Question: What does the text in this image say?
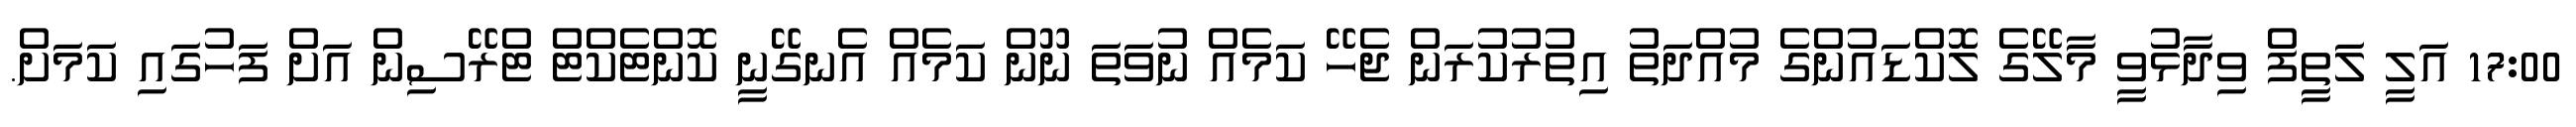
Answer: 17:00 އަލީ ލަތީފް ވިދާޅުވީ މާލޭގެ ލޮކްޑައުންގެ މުއްދަތު އިތުރުކުރަން ޖެހޭ ކަމެއް ނުވަތަ ނޫން ކަމެއް އެނގޭނީ ކޮންޓެކްޓް ޓްރޭސިން އަށް ފަހުގައި ކަމަށް.